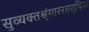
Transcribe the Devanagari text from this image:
सुव्यक्तश्रृंगाररससूचिका